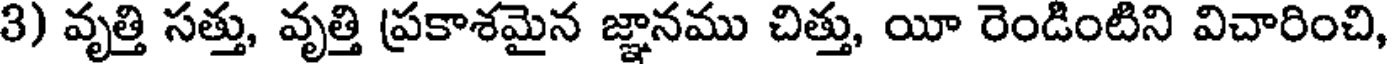
3) వృత్తి సత్తు, వృత్తి ప్రకాశమైన జ్ఞానము చిత్తు, యీ రెండింటిని విచారించి,